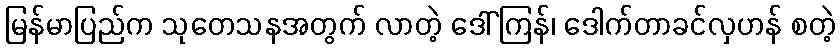
မြန်မာပြည်က သုတေသနအတွက် လာတဲ့ ဒေါ်ကြန်၊ ဒေါက်တာခင်လှဟန် စတဲ့